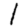
Digit: 1